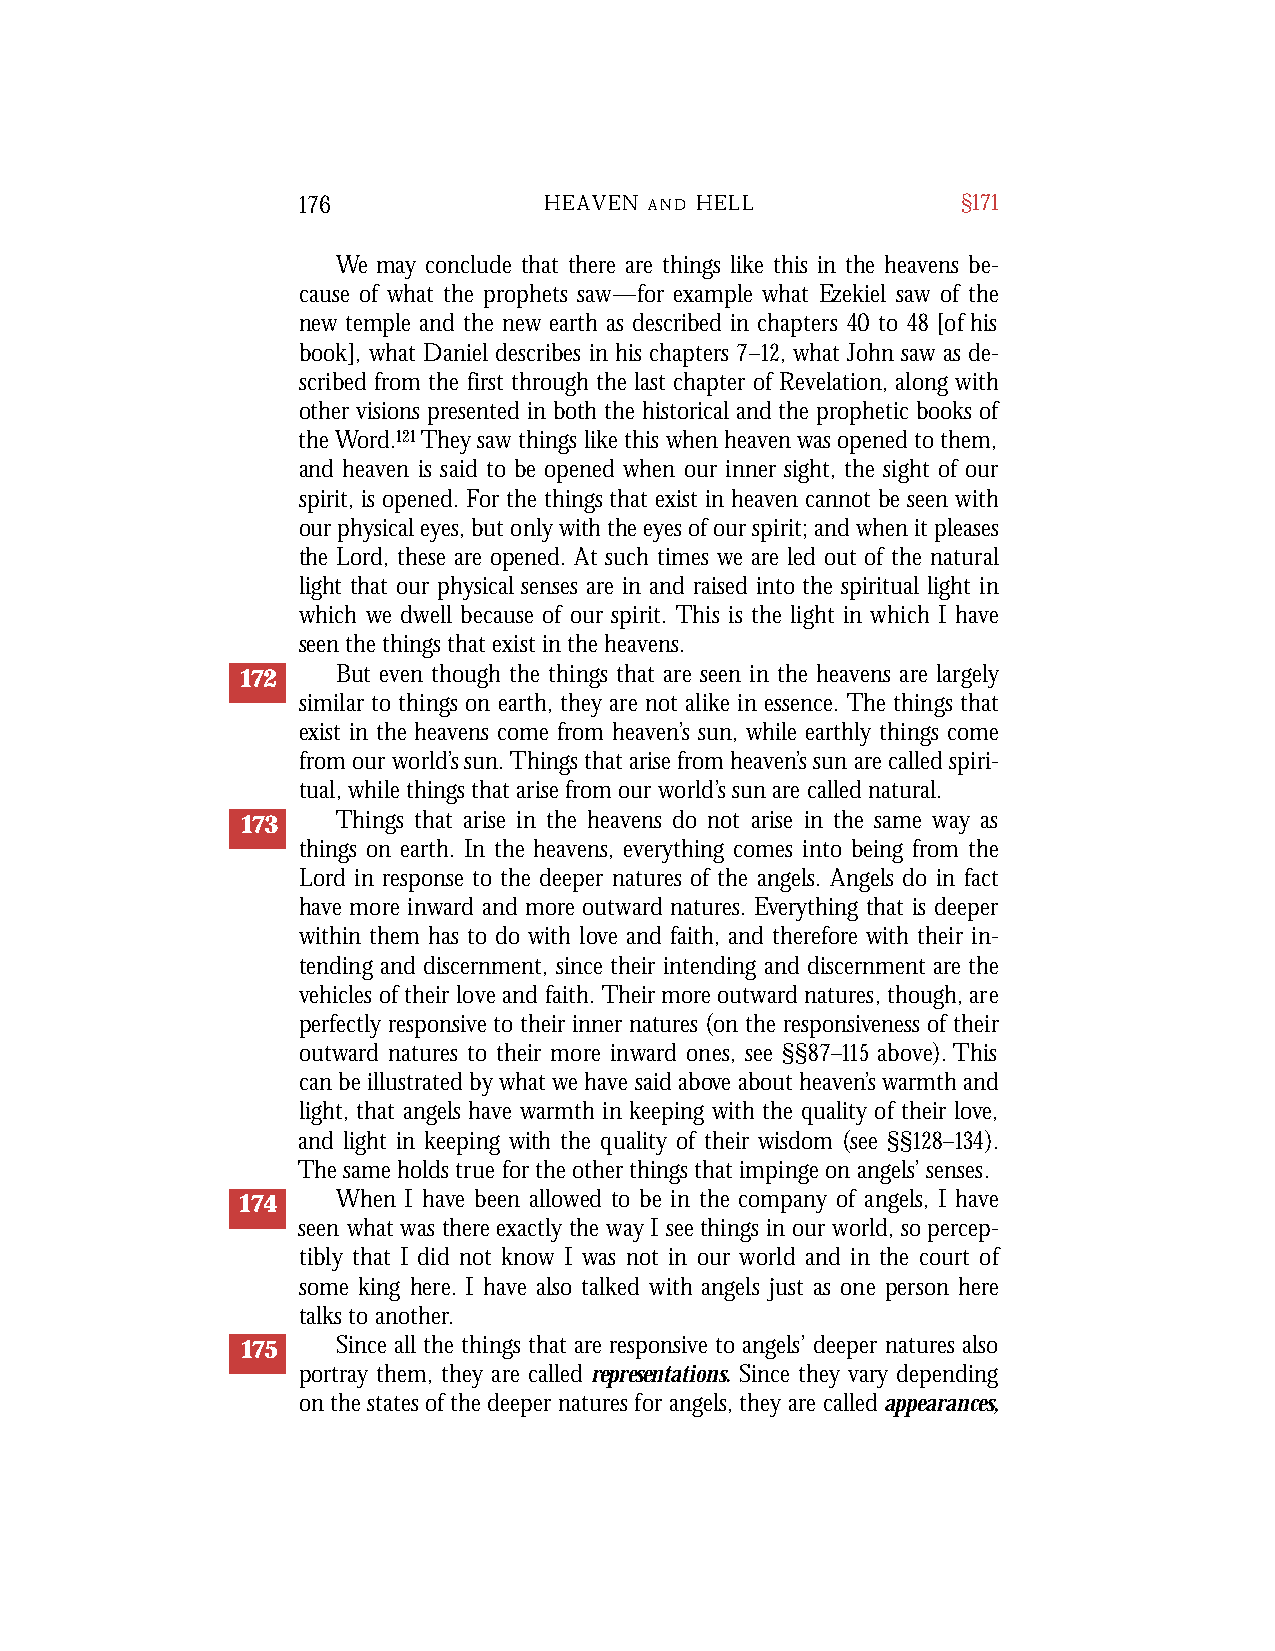
176             HEAVEN A N D H E L L        §171
 We may conclude that there are things like this in the heavens be-
 cause of what the prophets saw—for example what Ezekiel saw of the
 new temple and the new earth as described in chapters 40 to 48 [of his
 book], what Daniel describes in his chapters 7–12, what John saw as de-
 scribed from the first through the last chapter of Revelation, along with
 other visions presented in both the historical and the prophetic books of
 the Word.121They saw things like this when heaven was opened to them,
 and heaven is said to be opened when our inner sight, the sight of our
 spirit, is opened. For the things that exist in heaven cannot be seen with
 our physical eyes, but only with the eyes of our spirit; and when it pleases
 the Lord, these are opened. At such times we are led out of the natural
 light that our physical senses are in and raised into the spiritual light in
 which we dwell because of our spirit. This is the light in which I have
 seen the things that exist in the heavens.
 172   But even though the things that are seen in the heavens are largely
 similar to things on earth, they are not alike in essence. The things that
 exist in the heavens come from heaven’s sun, while earthly things come
 from our world’s sun. Things that arise from heaven’s sun are called spiri-
 tual, while things that arise from our world’s sun are called natural.
 173   Things that arise in the heavens do not arise in the same way as
 things on earth. In the heavens, everything comes into being from the
 Lord in response to the deeper natures of the angels. Angels do in fact
 have more inward and more outward natures. Everything that is deeper
 within them has to do with love and faith, and therefore with their in-
 tending and discernment, since their intending and discernment are the
 vehicles of their love and faith. Their more outward natures, though, are
 perfectly responsive to their inner natures (on the responsiveness of their
 outward natures to their more inward ones, see §§87–115 above). This
 can be illustrated by what we have said above about heaven’s warmth and
 light, that angels have warmth in keeping with the quality of their love,
 and light in keeping with the quality of their wisdom (see §§128–134).
 The same holds true for the other things that impinge on angels’ senses.
 174   When I have been allowed to be in the company of angels, I have
 seen whatwas there exactly the way I seethings in our world, sopercep-
 tibly that I did not know I was not in our world and in the court of
 some king here. I have also talked with angels just as one person here
 talksto another.
 175   Since all the things that are responsive to angels’ deeper natures also
 portray them, they are called representations. Since they vary depending
 on the states of the deeper natures for angels, they are called appearances,